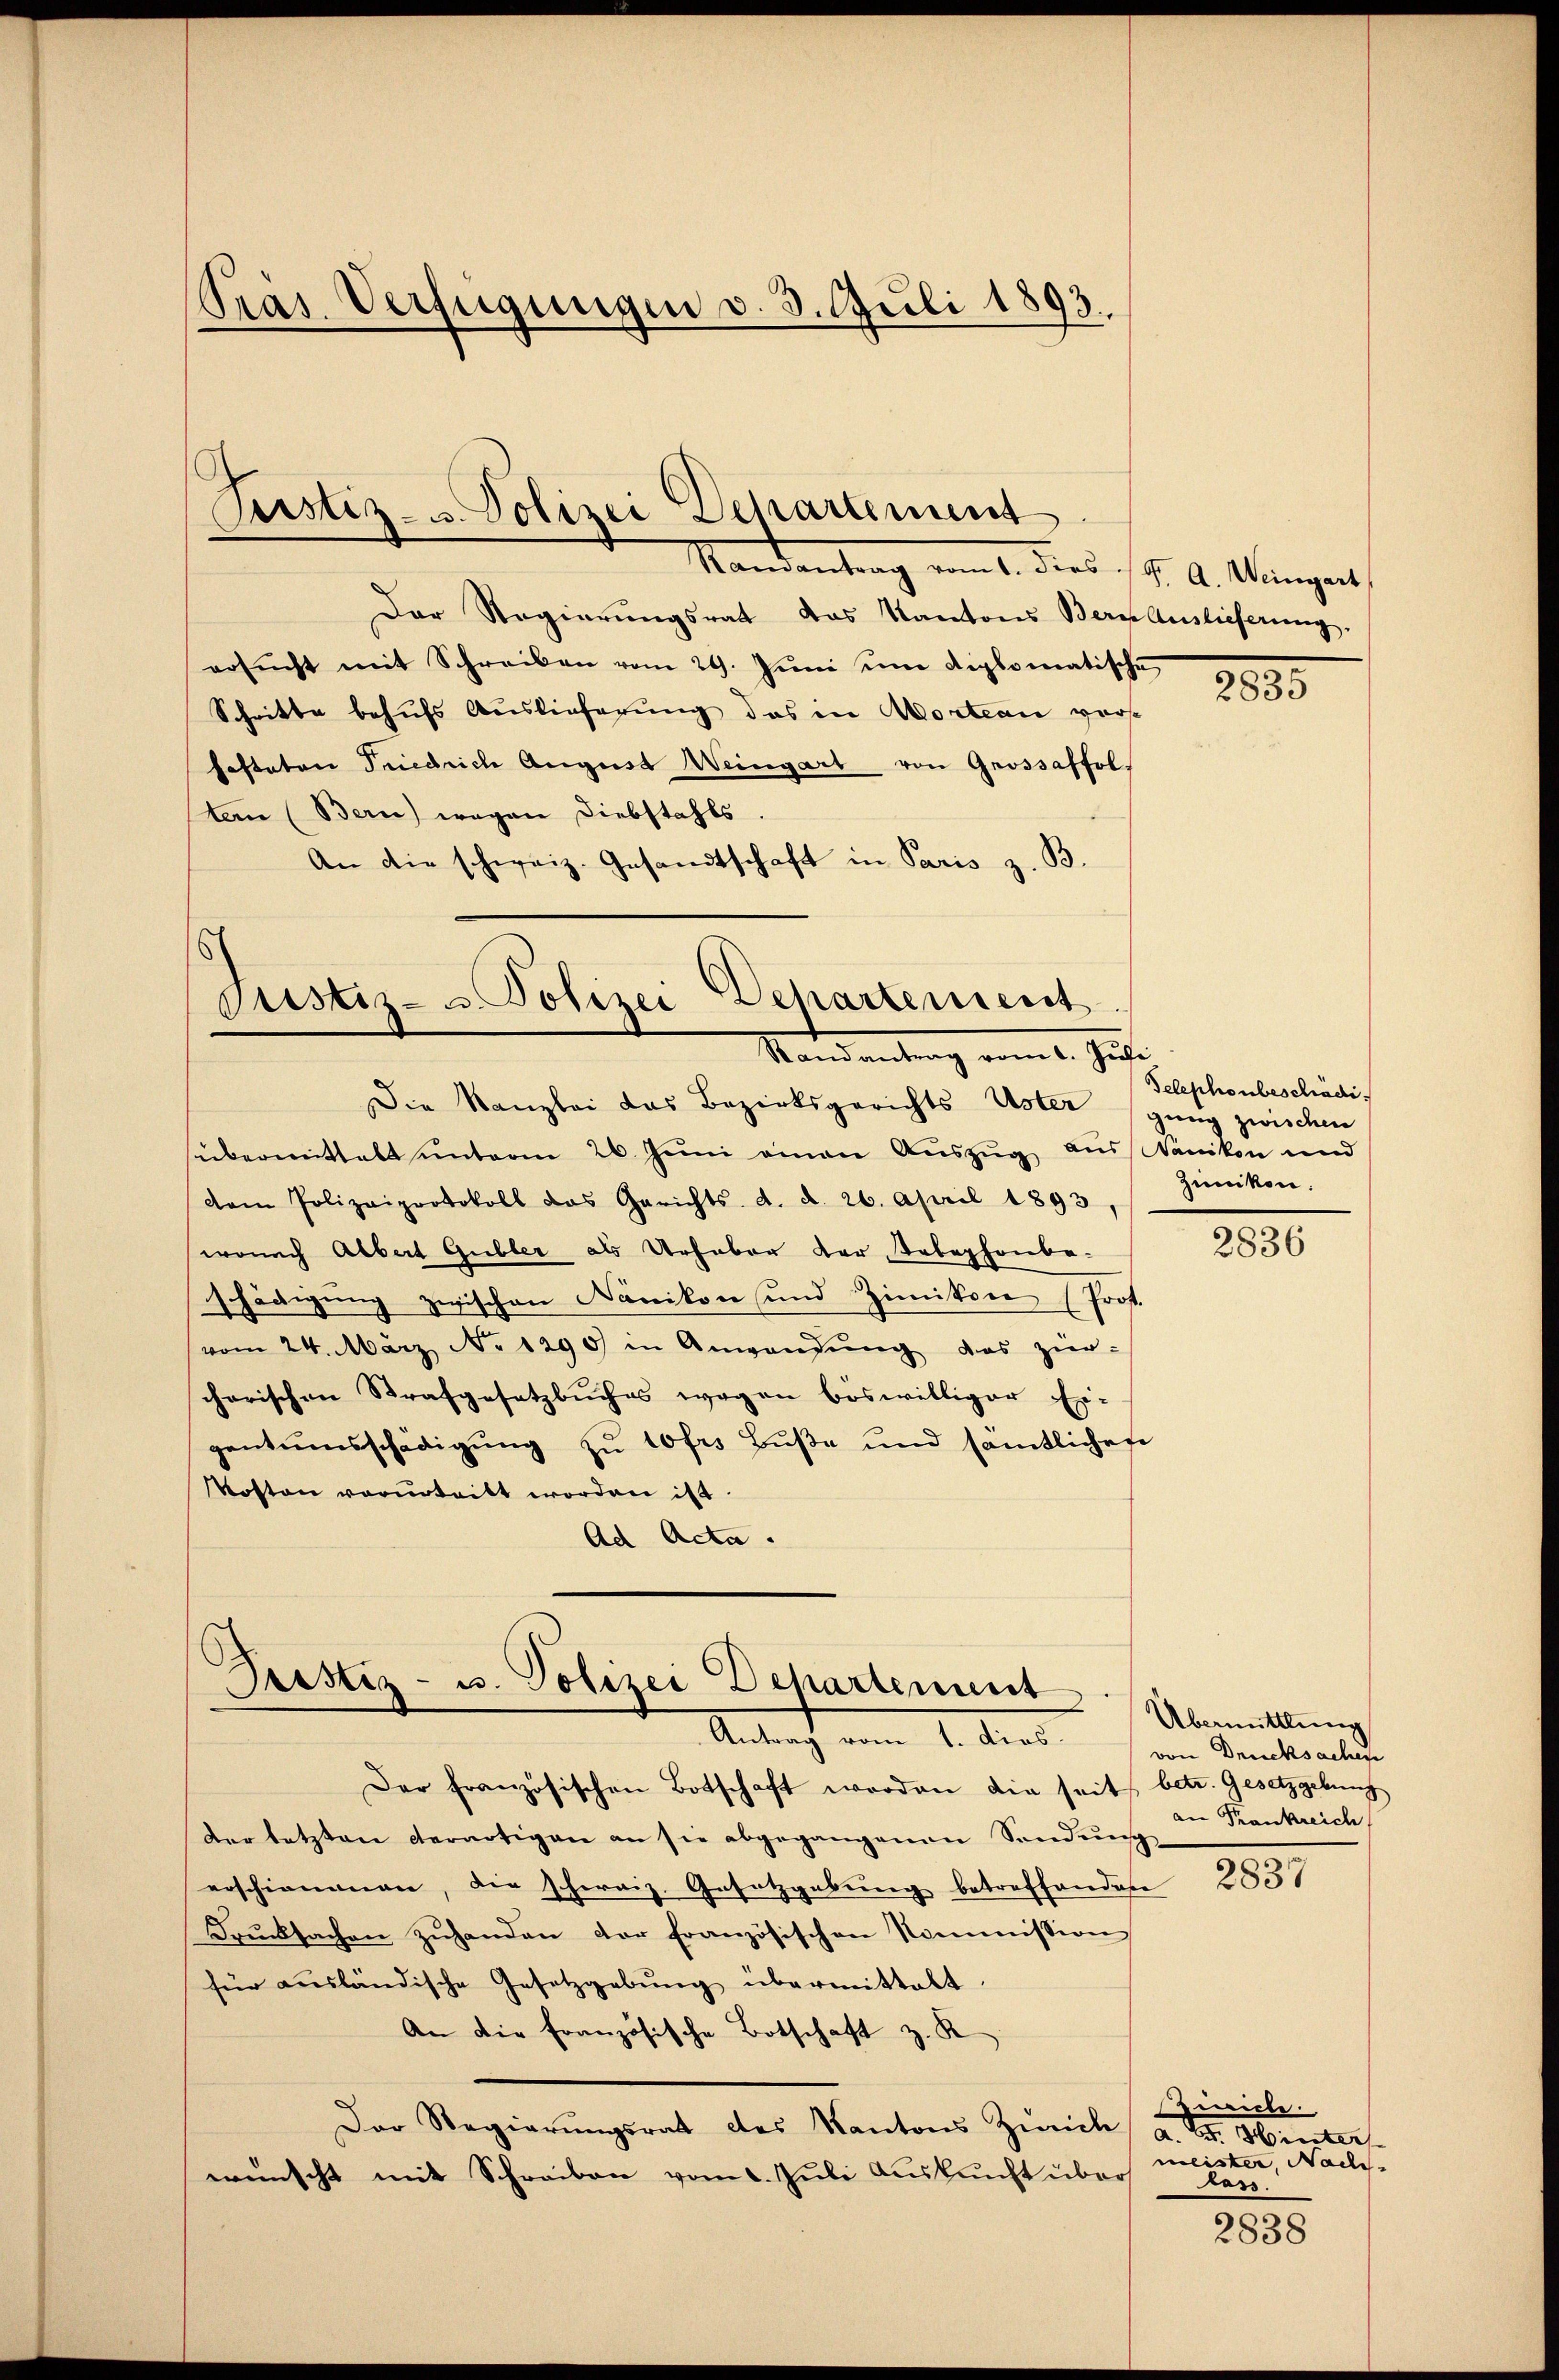
Pras Verfügungen v. 3. Juli 1893.

Pustiz- u. Polizei Departement
Standentrag vom 1. dies J. A. Wenigert

Der Regierungsrat das Kantons Bern Auslieferung.
ersŭcht mit Schreiben vom 29. Jŭni en diplomatische
Schritte behufs Auslieferung das in Wortean vorfestator Friedrich August Weingart von Grossaffol
an (Bern) wegen Diebstahls.
An die schweiz. Gesandtschaft in Paris z. B.
6

Departement
Justiz- u. Polizei
Mandantrag vom 1. Juli
Die Kanzlei das Bezirksgerichts Uster zwischen

Justiz- u. Polizei Departement Übermittlung
Antrag vom 1. dies Drucksachen

sübermittalt unterm 26. Juni einen Auszug aus Nänikon und
dem Polizeiprotokoll das Gerichts d. d. 26. April 1893,
wonach Albert Gubler als Urhaber der Telephonbe-
schädigung zwischen Nänikon und Zimikon (Prof.
vom 24. März No 1290 in Anwendŭng das zier-
charischen Strafgesetzbuches wegen böswilliger Ei-
gentumsschädigŭng zŭ 10frs Bŭβe und sämtlichere
Kosten vorurteilt worden ist.
Ad Acta.

Der französischen Botschaft worden die seit betr. Gesetzgebung
der letzten derartigen an sie abgegangenen Sendung
erschienenen, die schweiz. Gesetzgebung betreffendere
drŭcksachen zŭhanden der französischen Kommission
für ausländische Gesetzgebŭng übermittelt.
An die Französische Botschaft z. K
Der Regierŭngsrat des Kantons Zürich, a. G. Hinters
wünscht mit Schreiben vom 6. Juli Auskunft über

2335

Telephonbeschädi
Zünikon:

2836

an Frankreich

2837

Zeile.
meister, als
Rass.

2838